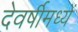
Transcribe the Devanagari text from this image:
देवर्षीमध्यें